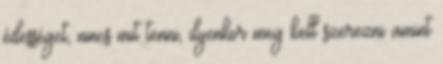
édességet, nincs mit tenni, ilyenkor meg kell szerezni amint